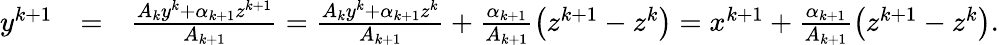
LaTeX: \begin{array}{rlr}{y^{k+1}}&{=}&{\frac{A_{k}y^{k}+\alpha_{k+1}z^{k+1}}{A_{k+1}}=\frac{A_{k}y^{k}+\alpha_{k+1}z^{k}}{A_{k+1}}+\frac{\alpha_{k+1}}{A_{k+1}}\left(z^{k+1}-z^{k}\right)=x^{k+1}+\frac{\alpha_{k+1}}{A_{k+1}}\left(z^{k+1}-z^{k}\right).}\end{array}